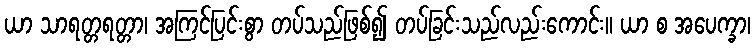
ယာ သာရတ္တရတ္တာ၊ အကြင်ပြင်းစွာ တပ်သည်ဖြစ်၍ တပ်ခြင်းသည်လည်းကောင်း။ ယာ စ အပေက္ခာ၊